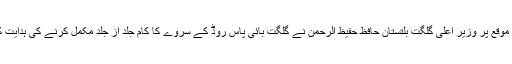
اس موقع پر وزیر اعلیٰ گلگت بلتستان حافظ حفیظ الرحمن نے گلگت بائی پاس روڈ کے سروے کا کام جلد از جلد مکمل کرنے کی ہدایت کی۔